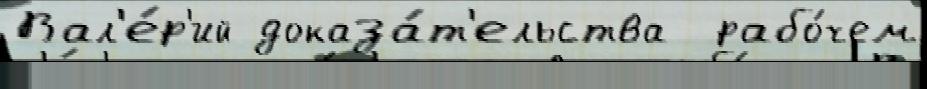
Вал'е́р'ий доказа́т'ельства  рабо́чем